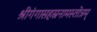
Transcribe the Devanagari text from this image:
श्रीगंगासहस्रनामस्तोत्रम्